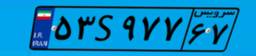
۵۳S۹۷۷۶۷